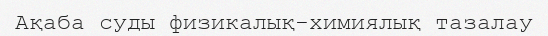
Ақаба суды физикалық-химиялық тазалау